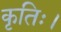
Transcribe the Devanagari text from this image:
कृतिः।